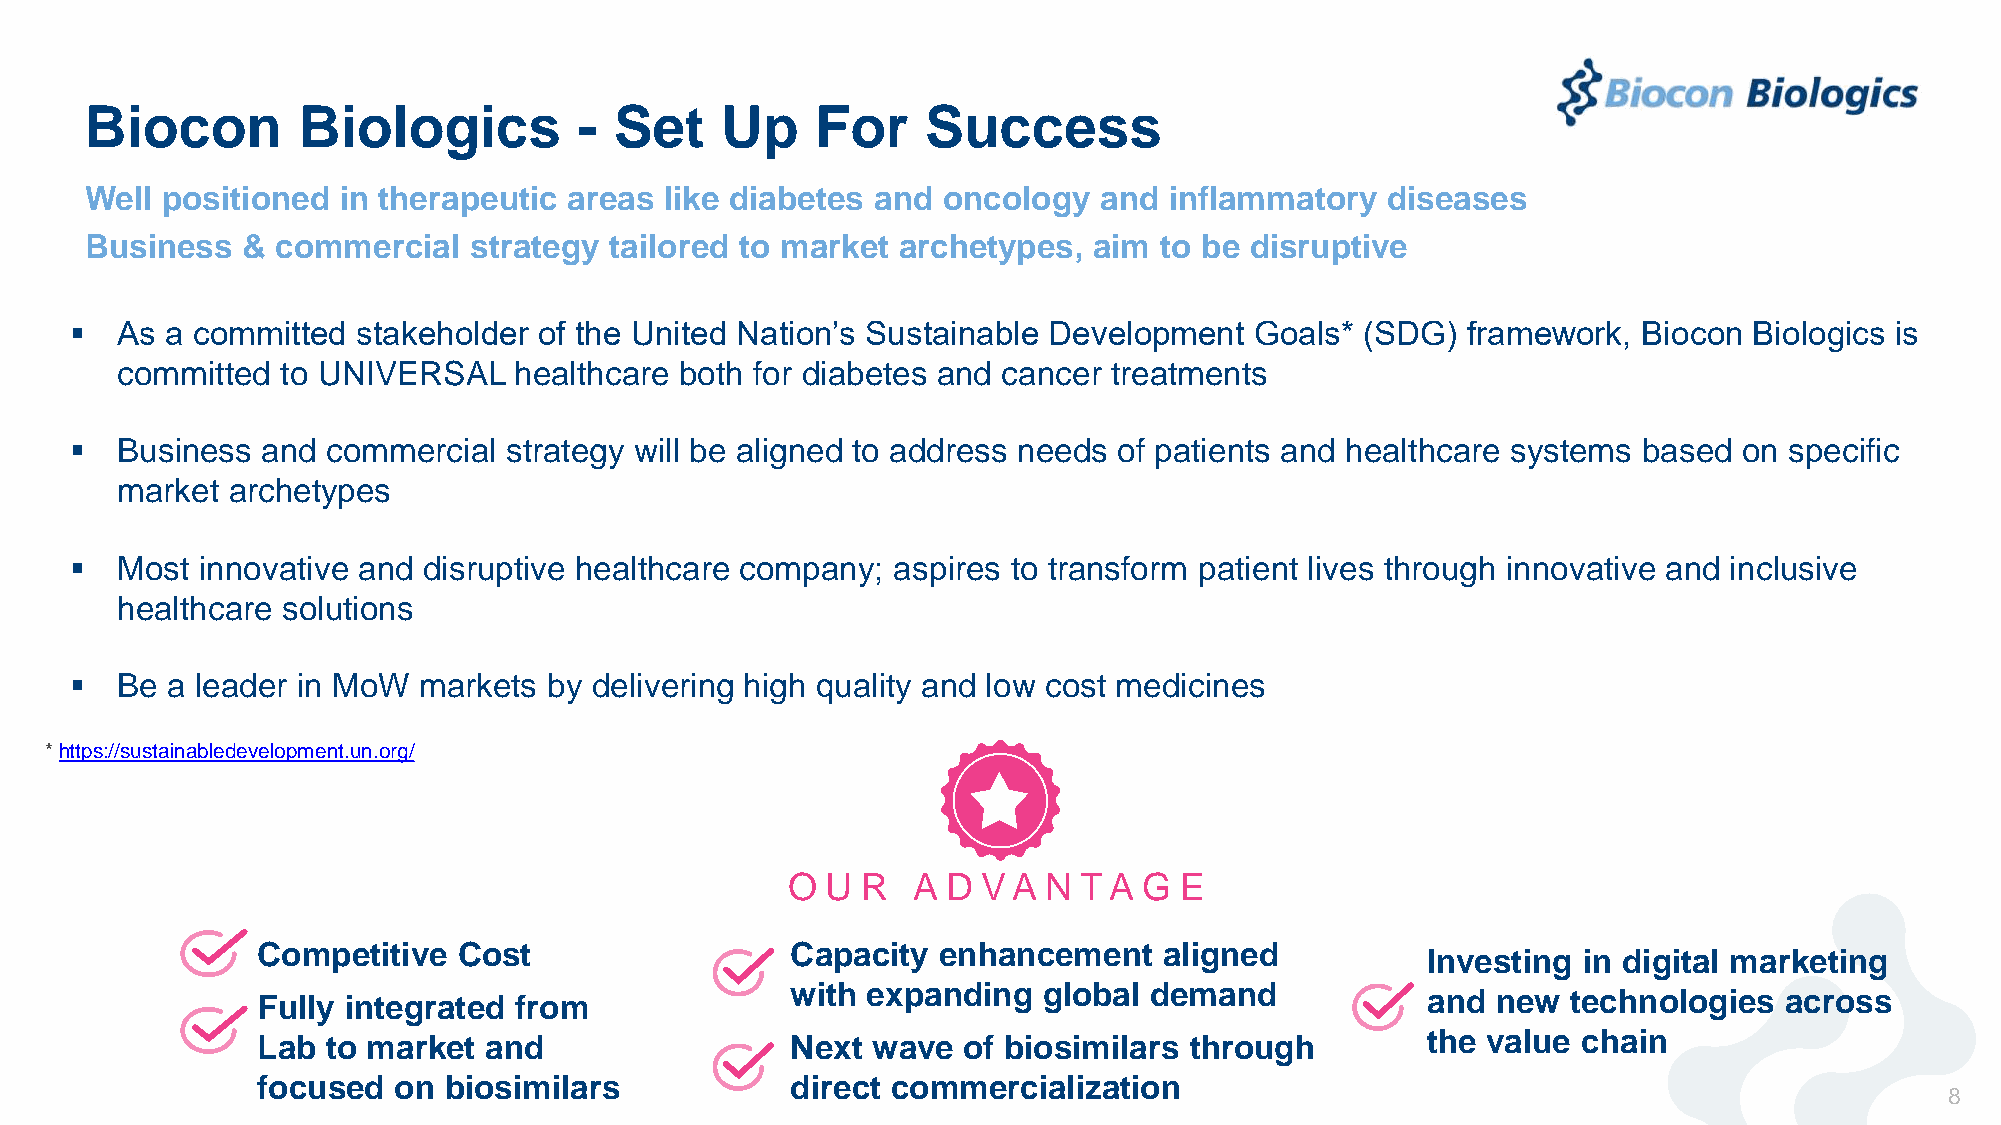
Biocon        Biologics         -  Set    Up    For    Success
 Well positioned  in therapeutic areas like diabetes and oncology   and inflammatory   diseases
 Business  & commercial   strategy tailored to market archetypes,  aim  to be disruptive
   As a committed  stakeholder of the United Nation’s Sustainable Development Goals* (SDG)  framework,  Biocon Biologics is
 committed  to UNIVERSAL   healthcare both for diabetes and cancer treatments
   Business and  commercial strategy will be aligned to address needs of patients and healthcare systems based on specific
 market archetypes
   Most innovative and disruptive healthcare company; aspires to transform patient lives through innovative and inclusive
 healthcare solutions
   Be a leader in MoW  markets by delivering high quality and low cost medicines
 * https://sustainabledevelopment.un.org/
 O  U R  A  D VA  N TA   G E
 Competitive  Cost                  Capacity  enhancement    aligned
 Investing  in digital marketing
 with expanding   global demand
 Fully integrated from                                                        and  new  technologies  across
 Lab  to market and                 Next  wave  of biosimilars through        the value  chain
 focused  on biosimilars            direct commercialization
 8